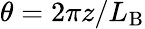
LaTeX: \theta=2\pi z/L_{\mathrm{B}}